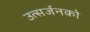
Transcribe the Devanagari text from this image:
उत्सर्जनको